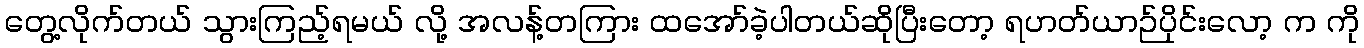
တွေ့လိုက်တယ် သွားကြည့်ရမယ် လို့ အလန့်တကြား ထအော်ခဲ့ပါတယ်ဆိုပြီးတော့ ရဟတ်ယာဉ်ပိုင်းလော့ က ကို